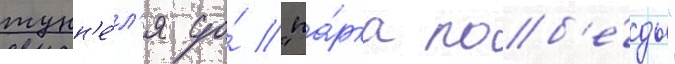
тунн'е́л'я до́ "па́рка поб'е́ды"